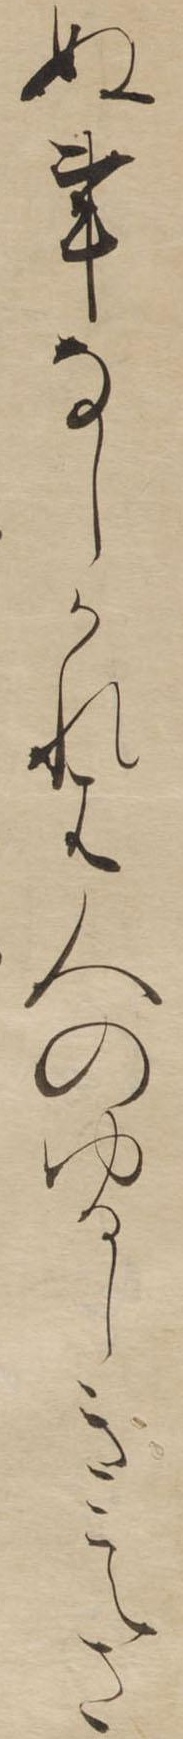
ぬ事なしかれは人もゆるしきこえさ